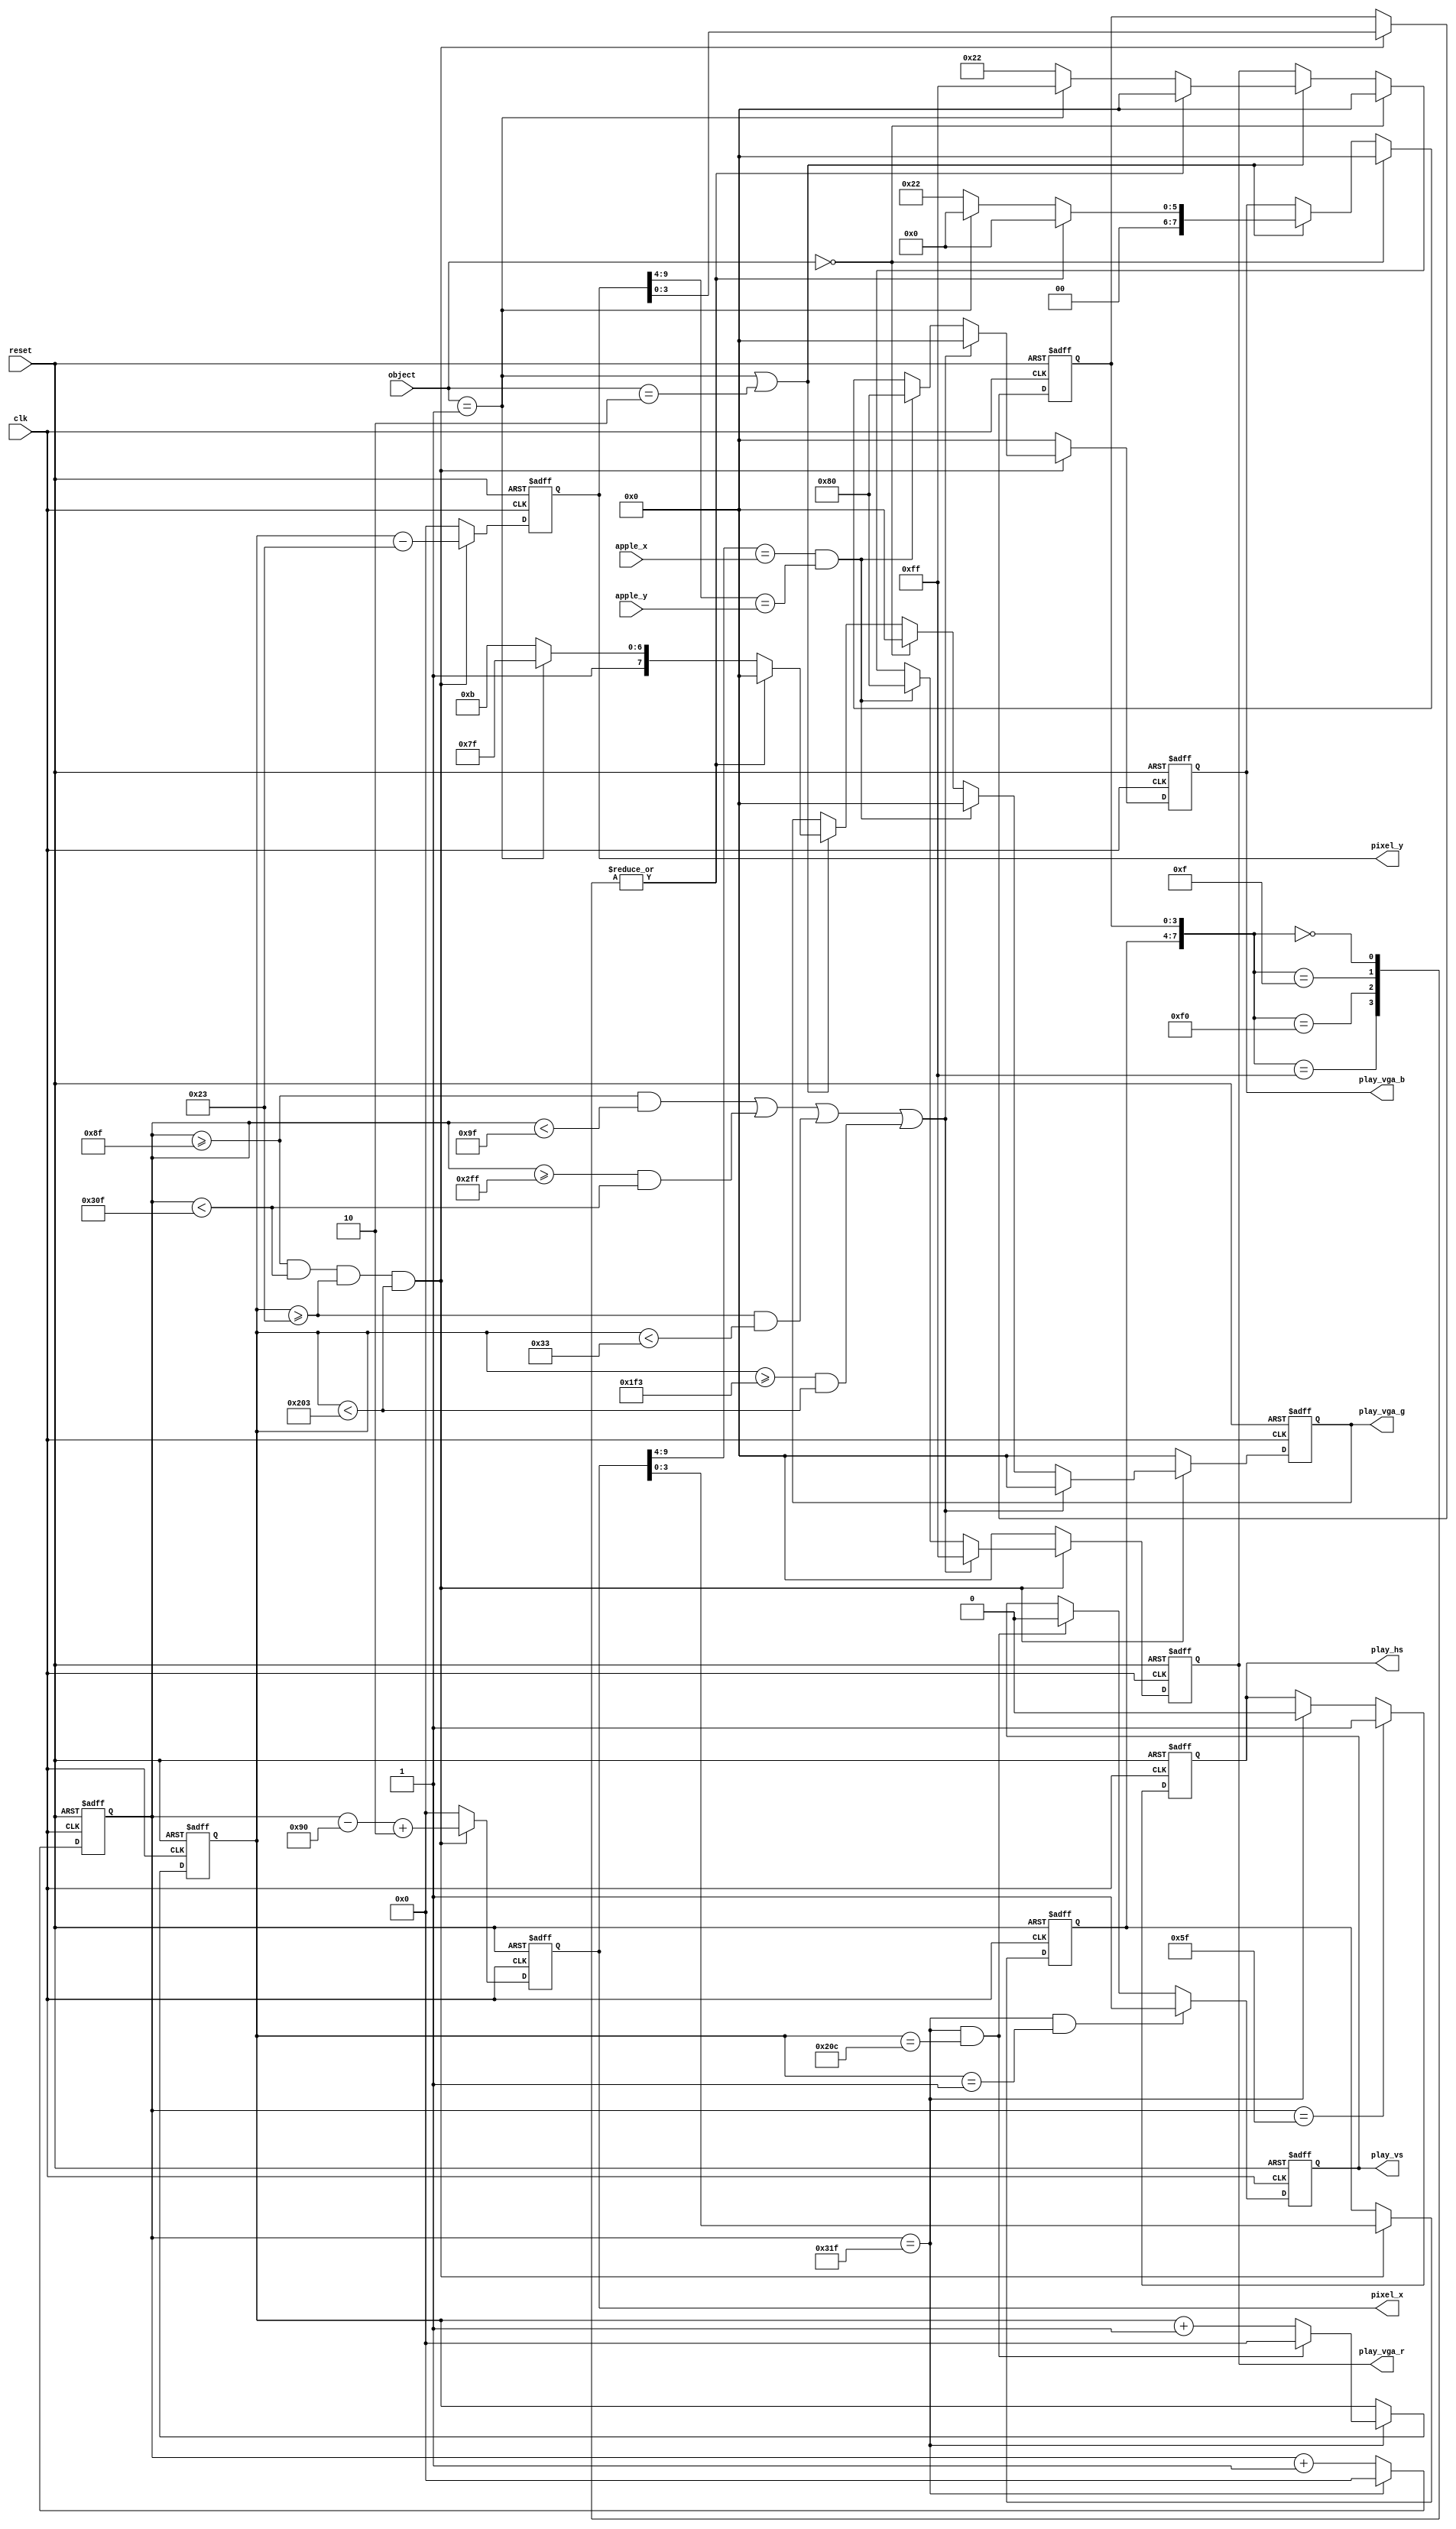
module  vga_display(
        input                   clk                     ,
        input                   reset                   ,
        
        input         [ 1: 0]   object                  ,
        input         [ 5: 0]   apple_x                 ,
        input         [ 4: 0]   apple_y                 ,
        output  reg   [ 9: 0]   pixel_x                 ,
        output  reg   [ 9: 0]   pixel_y                 ,
        //vga
        output  reg   [ 7: 0]   play_vga_r              ,
        output  reg   [ 7: 0]   play_vga_g              ,
        output  reg   [ 7: 0]   play_vga_b              ,
        output  wire            play_hs                 ,
        output  wire            play_vs 
);

//ADV7123 t输出延迟=t6+t8=7.5+15=22.5ns
// 640*480@60Hz fclk=25MHz,Tclk=40ns,20ns>7.5ns,所以数据不需要提前一个时钟输出,按正常时序即可
parameter   LinePeriod      =       800                         ,
				H_SyncPulse     =       96                          ,
				H_BackPorch     =       48                          ,
				H_ActivePix     =       640                         ,
            H_FrontPorch    =       16                          ,
            Hde_start       =       H_SyncPulse + H_BackPorch   , 
            Hde_end         =       Hde_start + H_ActivePix     ; 

parameter   FramePeriod     =       525                         ,
				V_SyncPulse     =       2                           ,
				V_BackPorch     =       33                          ,
				V_ActivePix     =       480                         ,
				V_FrontPorch    =       10                          ,
				Vde_start       =       V_SyncPulse + V_BackPorch   , 
				Vde_end         =       Vde_start + V_ActivePix     ; 

parameter   Red_Wide        =       16                          ;

parameter   NONE            =       2'b00                       ;
parameter   HEAD            =       2'b01                       ;
parameter   BODY            =       2'b10                       ;


reg                             hsync                           ;
reg                             vsync                           ;

reg     [ 9: 0]                 h_cnt                           ;
wire                            add_h_cnt                       ;
wire                            end_h_cnt                       ;

reg     [ 9: 0]                 v_cnt                           ;
wire                            add_v_cnt                       ; 
wire                            end_v_cnt                       ;

wire                            valid_area                      ; 

reg     [ 3: 0]                 snake_x                         ;
reg     [ 3: 0]                 snake_y                         ; 

wire                            wall_area                       ; 


assign  play_hs      =       hsync;
assign  play_vs      =       vsync;

always @(posedge clk or negedge reset)begin
    if(!reset)begin
        h_cnt <= 0;
    end
    else if(add_h_cnt)begin
        if(end_h_cnt)
            h_cnt <= 0;
        else
            h_cnt <= h_cnt + 1'b1;
    end
end

assign add_h_cnt     =       1'b1;
assign end_h_cnt     =       add_h_cnt && h_cnt== LinePeriod-1;

always @(posedge clk or negedge reset)begin 
    if(!reset)begin
        v_cnt <= 0;
    end
    else if(add_v_cnt)begin
        if(end_v_cnt)
            v_cnt <= 0;
        else
            v_cnt <= v_cnt + 1'b1;
    end
end

assign add_v_cnt     =       end_h_cnt;
assign end_v_cnt     =       add_v_cnt && v_cnt== FramePeriod-1;

//pixel_x,pixel_y
always @(posedge clk or negedge reset)begin
    if(!reset)begin
        pixel_x <= 0;
        pixel_y <= 0;
    end
    else if(valid_area)begin
            pixel_x <= h_cnt - Hde_start + 2;//这里提前了两个时钟，因为前后判断各耽搁一个时钟,具体自己画一下时序图
            pixel_y <= v_cnt - Vde_start;//因为v_cnt数据是多个时钟保持的，持续时间长，所以不会耽搁，故不能加2
    end
    else begin
        pixel_x <= 0;
        pixel_y <= 0;
    end
end



//hor sync
always  @(posedge clk or negedge reset)begin
    if(reset==1'b0)begin
        hsync   <=      1'b0;
    end
    else if(add_h_cnt && h_cnt == H_SyncPulse-1)begin
        hsync   <=      1'b1;
    end
    else if(end_h_cnt)begin
        hsync   <=      1'b0;
    end
end

//ver sync
always  @(posedge clk or negedge reset)begin
    if(reset==1'b0)begin
        vsync   <=      1'b0;
    end
    else if(add_v_cnt && v_cnt == V_SyncPulse-1)begin
        vsync   <=      1'b1;
    end
    else if(end_v_cnt)begin
        vsync   <=      1'b0;
    end
end


assign  valid_area        =   (h_cnt >= Hde_start - 1 && h_cnt < Hde_end - 1 && v_cnt >= Vde_start && v_cnt < Vde_end);//v_cnt是多周期的，所以不用提前  
assign  wall_area    =   (h_cnt >= Hde_start -1 && h_cnt < Hde_start - 1 + Red_Wide) || (h_cnt >= Hde_end - 1 - Red_Wide && h_cnt < Hde_end - 1) || (v_cnt >= Vde_start && v_cnt < Vde_start + Red_Wide) || (v_cnt >= Vde_end - Red_Wide && v_cnt < Vde_end);

//wall 100  , snake head 010,snake body 011,apple 110
always  @(posedge clk or negedge reset)begin
    if(reset==1'b0)begin
        play_vga_r   <=      8'h0;
        play_vga_g   <=      8'h0;
        play_vga_b   <=      8'h0;
    end
    else if(valid_area)begin
        if(wall_area)begin
            play_vga_r   <=      8'hff;
            play_vga_g   <=      8'h00;
            play_vga_b   <=      8'h00;
        end
        else if(pixel_x[9:4] == apple_x && pixel_y[9:4] == apple_y)begin
            play_vga_r   <=      8'h80;
            play_vga_g   <=      8'h00;
            play_vga_b   <=      8'h80;
        end
        else if(object == NONE)begin
                play_vga_r   <=      8'h00;
                play_vga_g   <=      8'h00;
                play_vga_b   <=      8'h00;
            end
        else if(object == HEAD || object == BODY)begin
            case({snake_x,snake_y})
                8'b0000_0000,8'b0000_1111,8'b1111_0000,8'b1111_11111:begin
                    play_vga_r   <=      8'h00;
                    play_vga_g   <=      8'h00;
                    play_vga_b   <=      8'h00;
                end    
                default:begin
                    if(object == HEAD)begin
                        play_vga_r   <=      8'hff;
                        play_vga_g   <=      8'hff;
                        play_vga_b   <=      8'h00;
                    end
                    else begin
                        play_vga_r   <=      8'h22;
                        play_vga_g   <=      8'h8b;
                        play_vga_b   <=      8'h22;
                    end
                end
            endcase
        end
    end
    else begin
        play_vga_r   <=      8'h0;
        play_vga_g   <=      8'h0;
        play_vga_b   <=      8'h0;
    end
end

//snake_x,snake_y
always  @(posedge clk or negedge reset)begin
    if(reset==1'b0)begin
        snake_x     <=      'd0;
        snake_y     <=      'd0;
    end
    else if(valid_area)begin
        snake_x     <=      pixel_x[3:0];
        snake_y     <=      pixel_y[3:0];
    end
end

endmodule